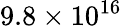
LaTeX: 9.8\times 10^{16}